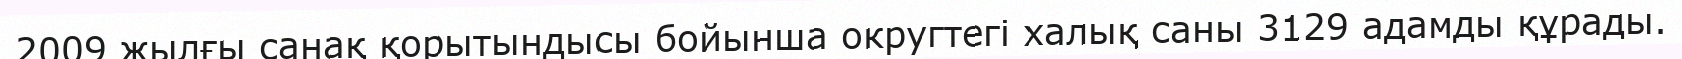
2009 жылғы санақ қорытындысы бойынша округтегі халық саны 3129 адамды құрады.